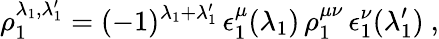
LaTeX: \rho_{1}^{\lambda_{1},\lambda_{1}^{\prime}}=(-1)^{\lambda_{1}+\lambda_{1}^{\prime}}\, \epsilon_{1}^{\mu}(\lambda_{1})\, \rho_{1}^{\mu\nu}\, \epsilon_{1}^{\nu}(\lambda_{1}^{\prime})\ ,